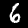
Label: 6